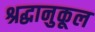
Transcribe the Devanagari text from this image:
श्रद्धानुकूल